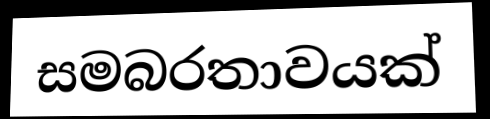
සමබරතාවයක්